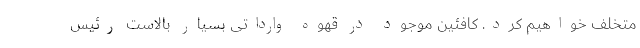
متخلف خواهیم کرد. کافئین موجود در قهوه وارداتی بسیار بالاست رئیس